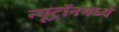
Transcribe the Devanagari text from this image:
न्यूट्रॉनमध्ये